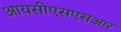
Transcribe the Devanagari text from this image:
आयसीएसएसआर